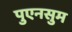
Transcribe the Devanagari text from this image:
पुएनसुम